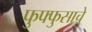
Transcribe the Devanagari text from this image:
फुफ्फुसाचे